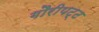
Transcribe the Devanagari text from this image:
गौरीपट्ट